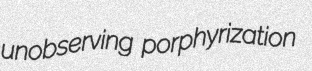
unobserving porphyrization